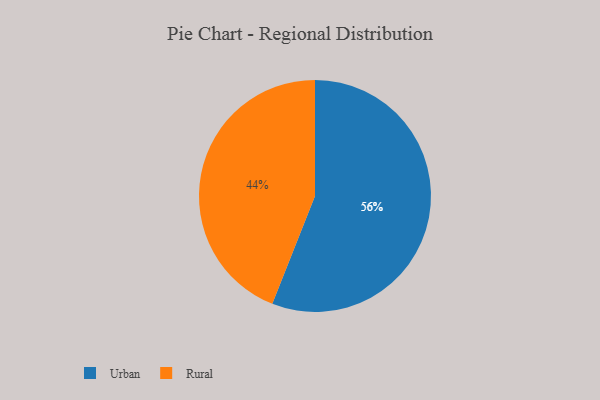
{"axis": {"x": "Category", "y": "Percentage"}, "legend": ["Rural", "Urban"], "data": [{"x": "Rural", "y": 44, "type": "Rural"}, {"x": "Urban", "y": 56, "type": "Urban"}]}